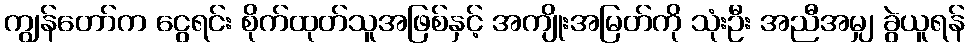
ကျွန်တော်က ငွေရင်း စိုက်ထုတ်သူအဖြစ်နှင့် အကျိုးအမြတ်ကို သုံးဦး အညီအမျှ ခွဲယူရန်